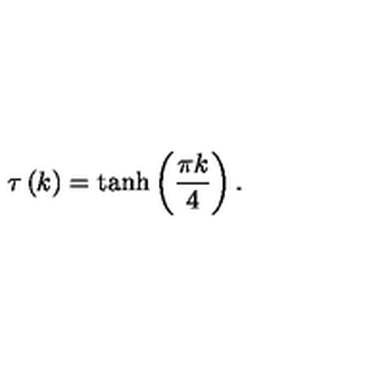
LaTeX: \tau \left( k \right) = \tanh \left( \frac { \pi k } { 4 } \right) .